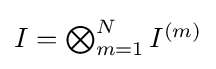
{\textstyle I=\bigotimes _{m=1}^{N}I^{(m)}}